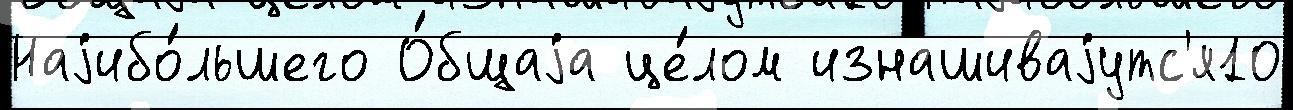
Наjибо́льшего О́бщаjа це́лом изнашиваjутс'я10